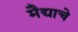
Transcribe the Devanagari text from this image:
मैद्याचे